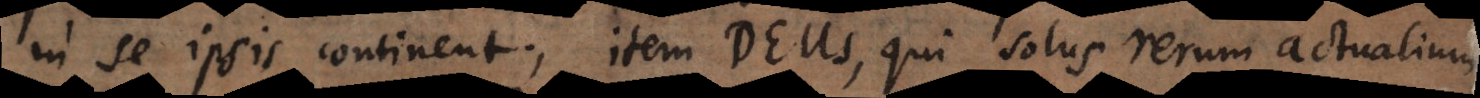
in se ipsis continent; item Deus, qui solus rerum actualium